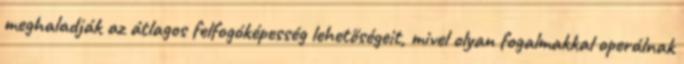
meghaladják az átlagos felfogóképesség lehetőségeit, mivel olyan fogalmakkal operálnak